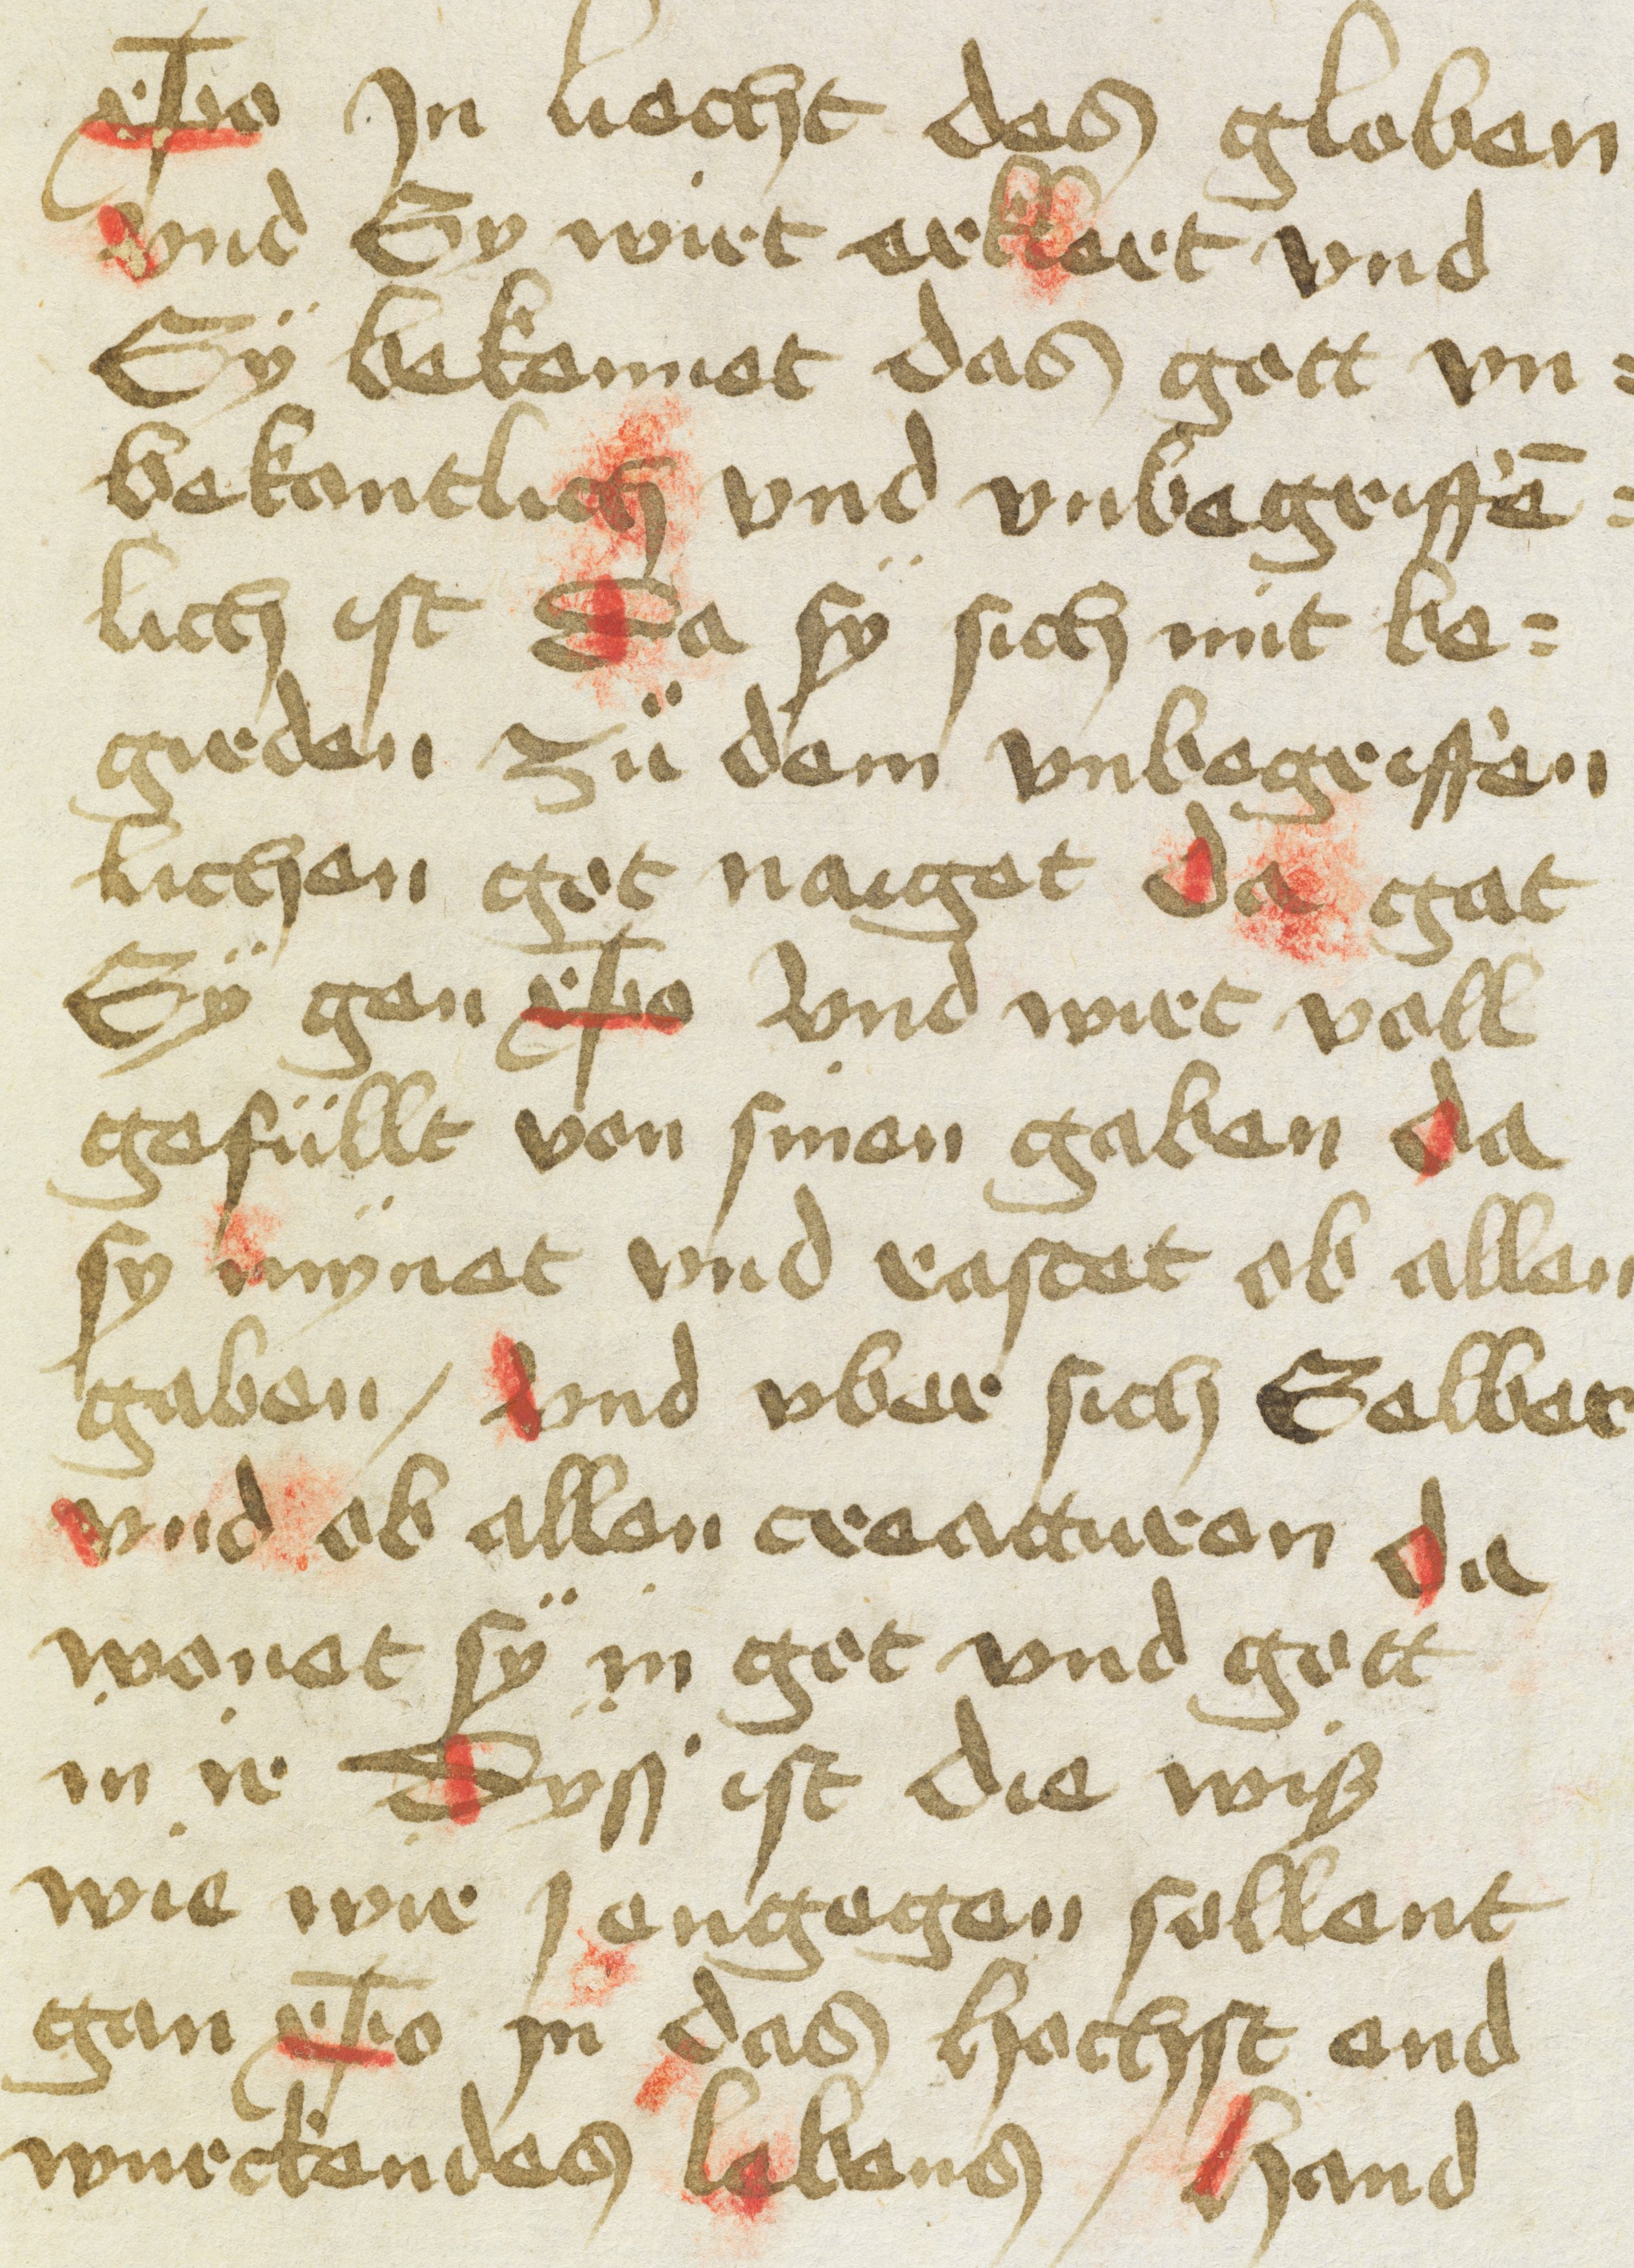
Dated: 1400–1499